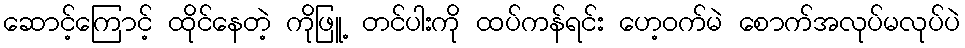
ဆောင့်ကြောင့် ထိုင်နေတဲ့ ကိုဖြူ့ တင်ပါးကို ထပ်ကန်ရင်း ဟေ့ဝက်မဲ စောက်အလုပ်မလုပ်ပဲ